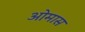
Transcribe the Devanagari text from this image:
ओमास